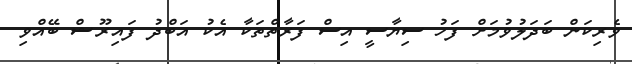
ވެރިކަން ބަދަލުވުމަށް ފަހު ސިޔާސީ އިސް ފަރާތްތަކާ އެކު އަބްދު ފައިރޫޝް ބޭއްވި